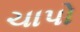
ચાપો